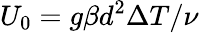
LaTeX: U_{0}=g\beta d^{2}\Delta T/\nu